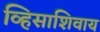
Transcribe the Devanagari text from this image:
व्हिसाशिवाय